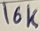
Text: 16K